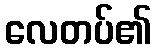
လေတပ်၏